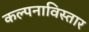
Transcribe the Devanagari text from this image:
कल्पनाविस्तार